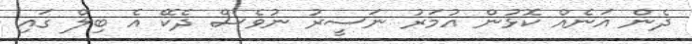
ދެން އަނެއް ކޮޅުން އުމަރު ނަސީރު ނުވެސް ދެކޭ އެ ބިލް ގައި